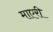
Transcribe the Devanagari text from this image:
माएरी